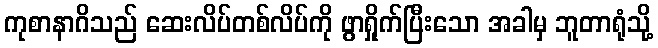
ကုစာနာဂိသည် ဆေးလိပ်တစ်လိပ်ကို ဖွာရှိုက်ပြီးသော အခါမှ ဘူတာရုံသို့